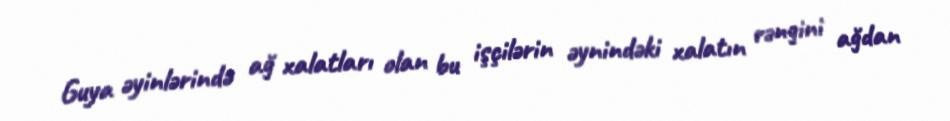
Guya əyinlərində ağ xalatları olan bu işçilərin əynindəki xalatın rəngini ağdan